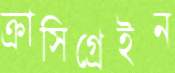
ক্রাসিগ্রেইন